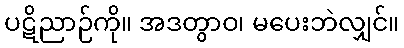
ပဋိညာဉ်ကို။ အဒတွာဝ၊ မပေးဘဲလျှင်။